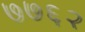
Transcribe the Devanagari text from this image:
७७६२